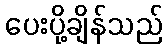
ပေးပို့ချိန်သည်